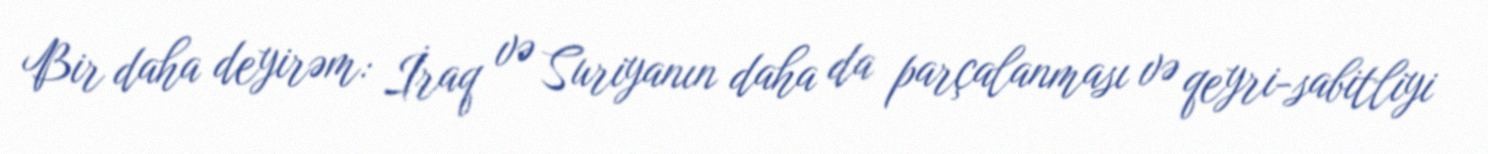
Bir daha deyirəm: İraq və Suriyanın daha da parçalanması və qeyri-sabitliyi